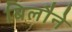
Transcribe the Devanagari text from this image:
बिलौने